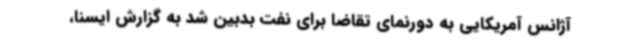
آژانس آمریکایی به دورنمای تقاضا برای نفت بدبین شد به گزارش ایسنا،